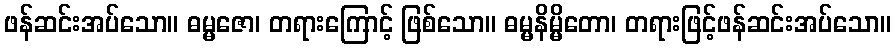
ဖန်ဆင်းအပ်သော။ ဓမ္မဇော၊ တရားကြောင့် ဖြစ်သော။ ဓမ္မနိမ္မိတော၊ တရားဖြင့်ဖန်ဆင်းအပ်သော။